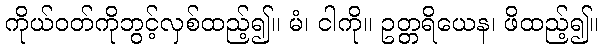
ကိုယ်ဝတ်ကိုဘွင့်လှစ်ထည့်၍။ မံ၊ ငါကို။ ဥတ္တရိယေန၊ ဖိထည့်၍။